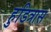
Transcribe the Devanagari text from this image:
हुडित्रास